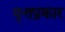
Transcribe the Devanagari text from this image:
वृत्तप्रकार